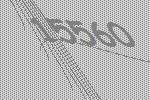
15560